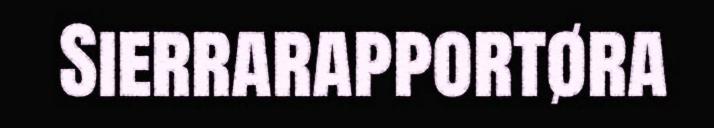
Sierrarapportøra